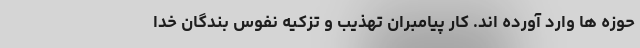
حوزه ها وارد آورده اند. کار پیامبران تهذیب و تزکیه نفوس بندگان خدا